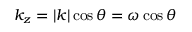
k _ { z } = | \boldsymbol { k } | \cos \theta = \omega \cos \theta